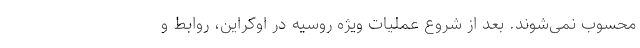
محسوب نمی‌شوند. بعد از شروع عملیات ویژه روسیه در اوکراین، روابط و